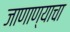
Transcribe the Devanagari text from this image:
जाणाण्याचा